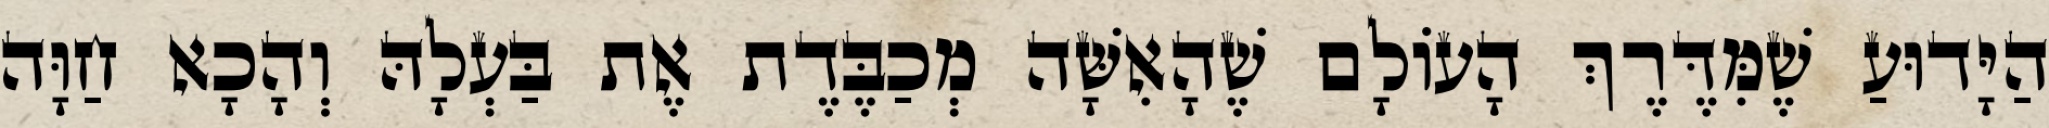
הַיָּדוּעַ שֶׁמִּדֶּרֶךְ הָעוֹלָם שֶׁהָאִשָּׁה מְכַבֶּדֶת אֶת בַּעְלָהּ וְהָכָא חַוָּה